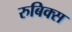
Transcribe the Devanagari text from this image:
रुबिक्स